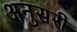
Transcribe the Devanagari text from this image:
अनुसरी